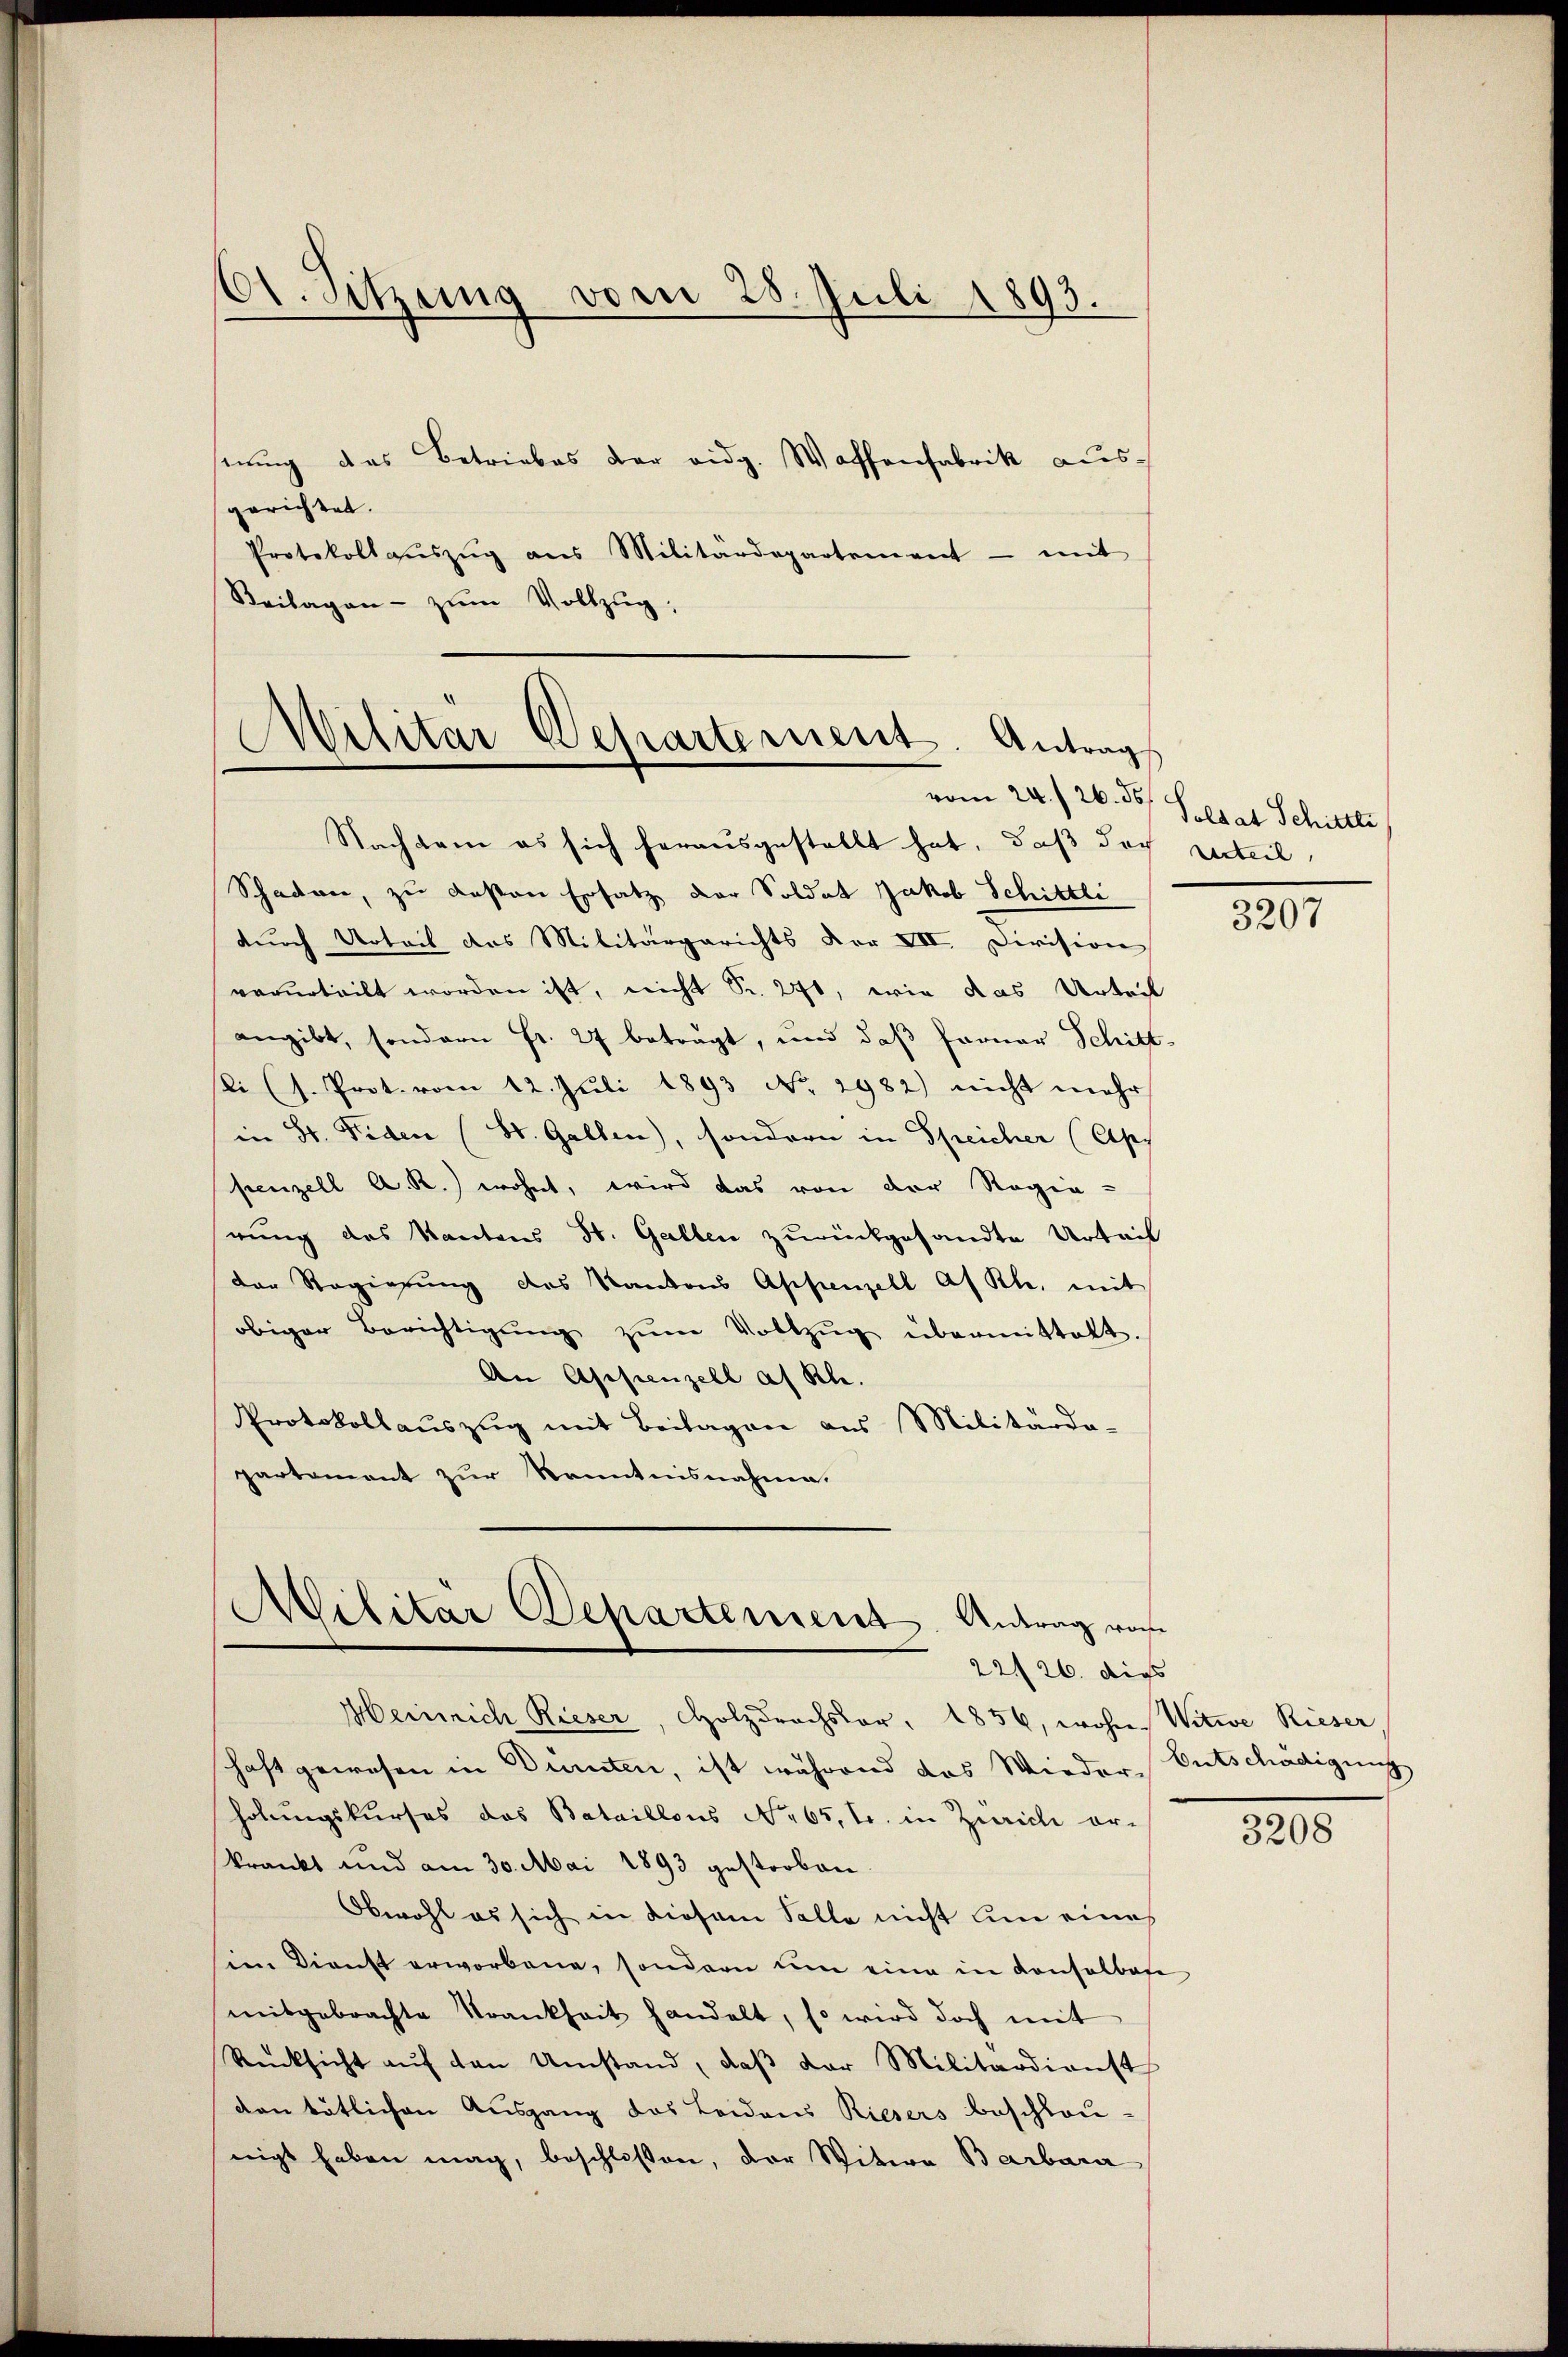
61. Sitzung vom 28. Juli 1893.

erŭng das Betriebes der eidg. Waffenfabrik ausgerichtet.
Protokollaŭszŭg ans Militärdepartement - mit
Beilagen zŭm Vollzŭg;

Militär Departement. Antrag

Nach kam es sich herausgestellt hat, daß doch verteil
Schaden, zu besten Ersatz der Soldat Jakob Schittli
durch Urteil des Militärgerichts der VII. Division
verurteilt worden ist, nicht Sr. 271, wie das Urteil
angibt, sondern Fr. 27 beträgt, und daß ferner Schitt-
li (s. Prot. vom 12. Juli 1893 No. 2982) nicht mehr
in St. Fiden (St. Gallen), sondern in Speicher (Apf
penzell A. R.) wohnt, wird das von der Regie-
rung des Kantons St. Gallen zurückgesandte Urteil
der Regierung des Kantons Appenzell Af Rh. mit
obiger Berichtigŭng zŭm Vollzŭg übermittelt.
An Appenzell af Kl.
Protokollauszug mit Beilagen aus Militärda-
partament zur Kenntnisnahme.

Militär Departement. Antrag von
22/26. dies

vom 24. / 26. ds. Soldat Schittli

Heinrich Rieser, Holzdrachsar, 1856, wohne Witwe Rieser,
haft gewesen in Dürnten, ist während das Wieder Entschädigung
holungskurses das Bataillons No 65, tr. in Zürich or-
krankt und am 30. Mai 1893 gestorben.
Obwohl es sich in diesem Falle nicht um eine
im Dienst erworbene, sondern um eine in Consolbate
mitgebrachte Krankheit handelt, so wird doch mit
Rücksicht aŭf den Umstand, daβ der Militärdienst
den tätlichen Ausgang des Leidens Riesers beschlou-
nigt haben mag, beschlossen, der Witwe Barbara

3207

3208